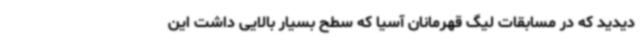
دیدید که در مسابقات لیگ قهرمانان آسیا که سطح بسیار بالایی داشت این